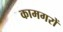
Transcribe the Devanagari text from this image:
कामगरों